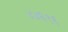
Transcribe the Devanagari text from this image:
४४६९६